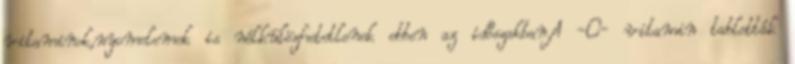
vitaminok,nyomelemek is nélkülözhetetlenek ebben az időszakban.A -C- vitamin tabletták